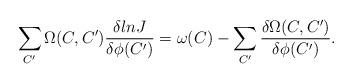
LaTeX: \begin{align*}\sum_{C'}\Omega (C,C'){\delta lnJ\over\delta\phi (C')}=\omega(C)-\sum_{C'}{\delta \Omega (C,C')\over\delta\phi (C')}.\end{align*}